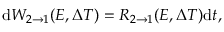
\mathrm { d } W _ { 2 \rightarrow 1 } ( E , \Delta T ) = R _ { 2 \rightarrow 1 } ( E , \Delta T ) \mathrm { d } t ,